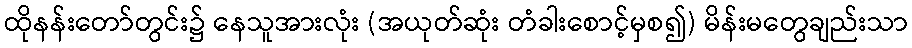
ထိုနန်းတော်တွင်း၌ နေသူအားလုံး (အယုတ်ဆုံး တံခါးစောင့်မှစ၍) မိန်းမတွေချည်းသာ